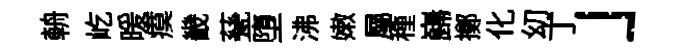
輈屹暖瘼畿甆墮沸嫩屬種巋擲化㓜丁」